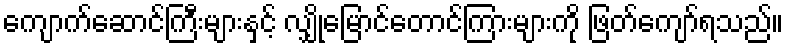
ကျောက်ဆောင်ကြီးများနှင့် လျှိုမြောင်တောင်ကြားများကို ဖြတ်ကျော်ရသည်။